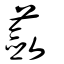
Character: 蘞